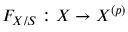
F _ { X / S } : X \to X ^ { ( p ) }